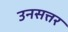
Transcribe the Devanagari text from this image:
उनसत्तर